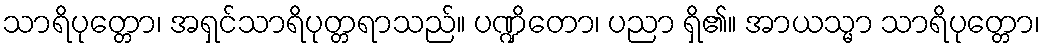
သာရိပုတ္တော၊ အရှင်သာရိပုတ္တရာသည်။ ပဏ္ဍိတော၊ ပညာ ရှိ၏။ အာယသ္မာ သာရိပုတ္တော၊